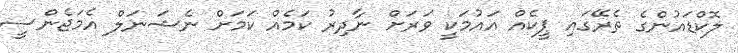
ލޮކްޑައުންގެ ތެރޭގައި ޕީކެއް އައުމަކީ ވަރަށް ނާދިރު ކަމެއް ކަމަށް ނެޝަނަލް އެމަޖެންސީ